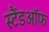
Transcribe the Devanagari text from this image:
स्टैंडऑफ